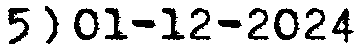
5) 01-12-2024